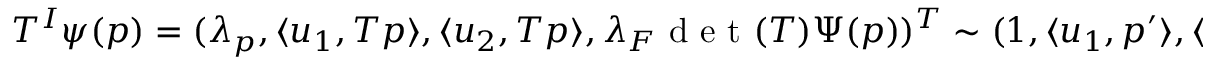
\begin{array} { r } { T ^ { I } \psi ( p ) = ( \lambda _ { p } , \langle u _ { 1 } , T p \rangle , \langle u _ { 2 } , T p \rangle , \lambda _ { F } \mathrm { ~ d ~ e ~ t ~ } ( T ) \Psi ( p ) ) ^ { T } \sim ( 1 , \langle u _ { 1 } , p ^ { \prime } \rangle , \langle u _ { 2 } , p ^ { \prime } \rangle , \Psi ^ { \prime } ( p ^ { \prime } ) ) ^ { T } = \psi ^ { \prime } ( p ^ { \prime } ) } \end{array}